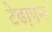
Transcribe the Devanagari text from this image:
टेढा़पन